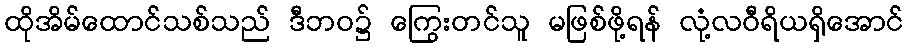
ထိုအိမ်ထောင်သစ်သည် ဒီဘဝ၌ ကြွေးတင်သူ မဖြစ်ဖို့ရန် လုံ့လဝီရိယရှိအောင်